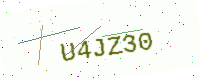
Text: U4JZ30